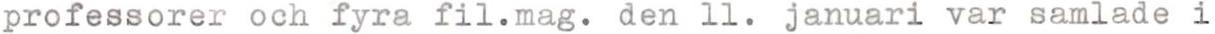
professorer och fyra fil.mag. den 11. januari var samlade i